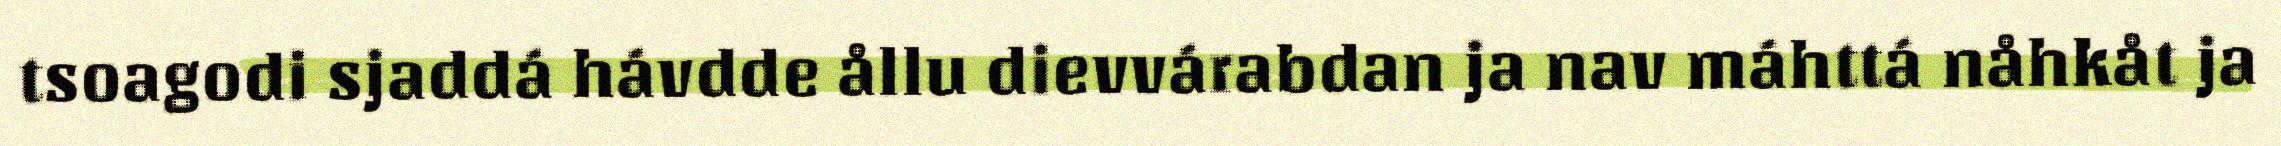
tsoagodi sjaddá hávdde ållu dievvárabdan ja nav máhttá nåhkåt ja